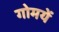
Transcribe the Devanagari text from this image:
गोमयें